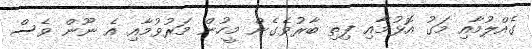
ގެއްލުމާއި މަގު އޮޅުމާއި ފިތި ބާރުވެގެން މީހުން މަރުވުމާއި އެ ނޫން ވެސް